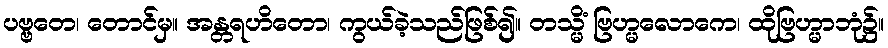
ပဗ္ဗတေ၊ တောင်မှ။ အန္တရဟိတော၊ ကွယ်ခဲ့သည်ဖြစ်၍။ တသ္မိံ ဗြဟ္မလောကေ၊ ထိုဗြဟ္မာဘုံ၌။